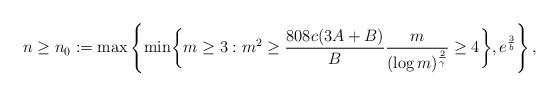
LaTeX: \begin{align*}n \geq n_0 := \max \left\{ \min \biggl\{ m \geq 3 : m^2 \geq \frac{808 c (3A + B)}{B} \frac{m}{(\log m)^{\frac{2}{\gamma}}} \geq 4 \biggr\},e^{\frac{3}{b}} \right\},\end{align*}